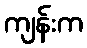
ကျန်းက